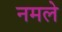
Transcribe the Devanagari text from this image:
नमले